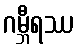
ဂမ္ဘီရဿ